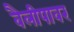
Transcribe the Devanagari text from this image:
वैलीपावर